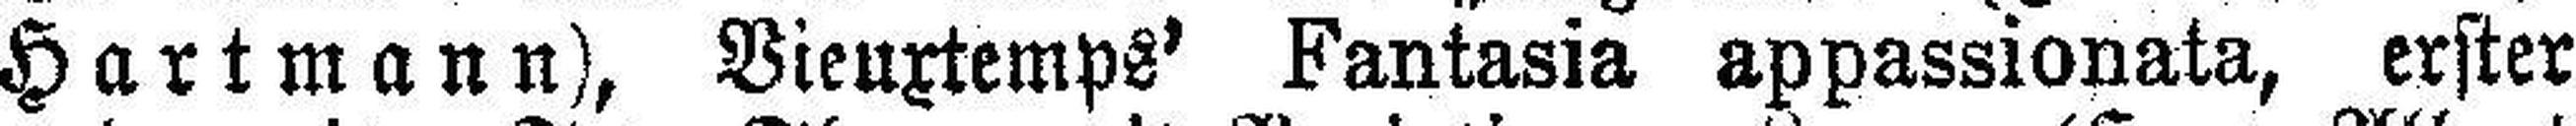
Hartmann), Vienxtemps' Fantasia appassionata, erster